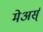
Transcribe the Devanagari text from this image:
मेअर्स्